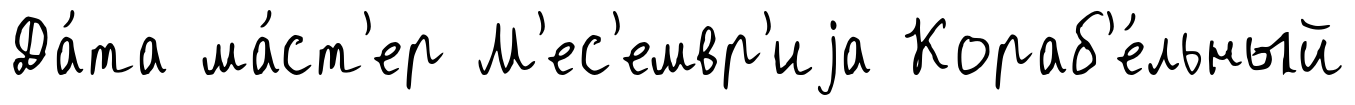
Да́та ма́ст'ер М'ес'емвр'иjа Кораб'е́льный